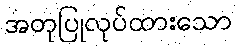
အတုပြုလုပ်ထားသော